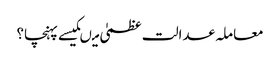
معاملہ عدالت عظمیٰ میںکیسے پہنچا؟